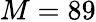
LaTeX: M=89